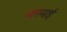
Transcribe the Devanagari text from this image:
चांगमाई